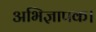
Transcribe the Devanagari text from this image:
अभिज्ञापक।